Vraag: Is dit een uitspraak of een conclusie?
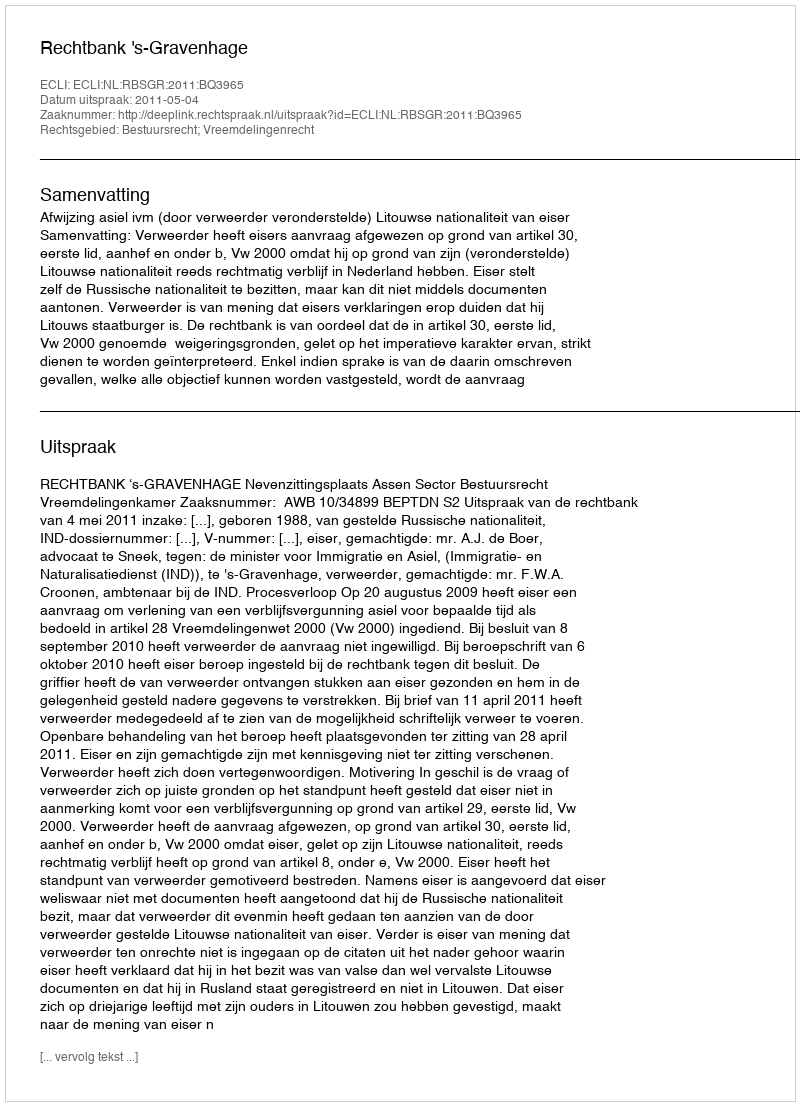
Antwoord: Uitspraak